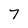
Character: 7